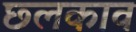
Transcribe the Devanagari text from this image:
छ्लकाव